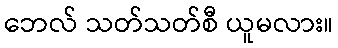
ဘေလ် သတ်သတ်စီ ယူမလား။